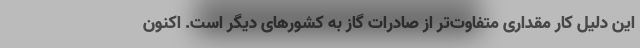
این دلیل کار مقداری متفاوت‌تر از صادرات گاز به کشورهای دیگر است. اکنون